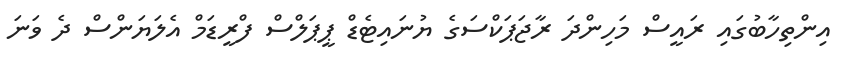
އިންތިހާބުގައި ރައީސް މަހިންދަ ރާޖަޕަކްސަގެ ޔުނައިޓެޑް ޕީޕަލްސް ފްރީޑަމް އެލަޔަންސް ދެ ވަނަ